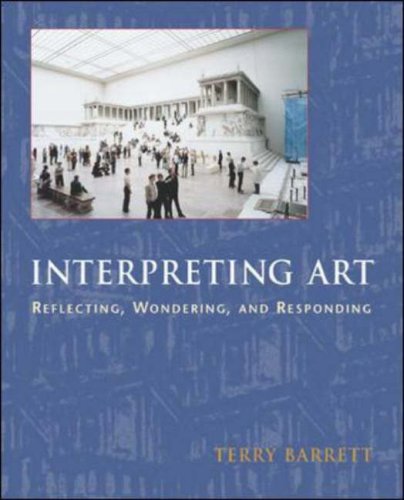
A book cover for Interpreting Art: Reflecting, Wondering, and Responding; Terry Barrett; Politics & Social Sciences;